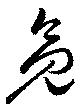
亮